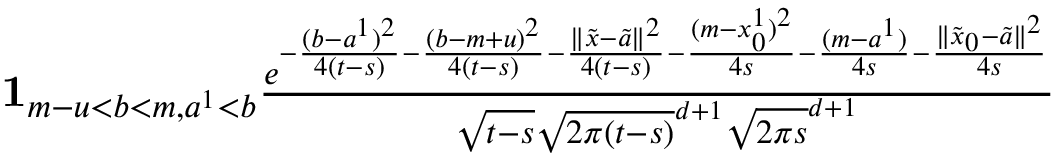
\begin{array} { r } { { \mathbf 1 } _ { m - u < b < m , a ^ { 1 } < b } \frac { e ^ { - \frac { ( b - a ^ { 1 } ) ^ { 2 } } { 4 ( t - s ) } - \frac { ( b - m + u ) ^ { 2 } } { 4 ( t - s ) } - \frac { \| \tilde { x } - \tilde { a } \| ^ { 2 } } { 4 ( t - s ) } - \frac { ( m - x _ { 0 } ^ { 1 } ) ^ { 2 } } { 4 s } - \frac { ( m - a ^ { 1 } ) } { 4 s } - \frac { \| \tilde { x } _ { 0 } - \tilde { a } \| ^ { 2 } } { 4 s } } } { \sqrt { t - s } \sqrt { 2 \pi ( t - s ) } ^ { d + 1 } \sqrt { 2 \pi s } ^ { d + 1 } } } \end{array}